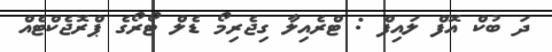
ދަ ބުކް އޮފް ލައިފް : ޓްރެއިލާ ގިޖެރިމޯ ޑެލް ޓޯރޯގެ ޕްރޮޖެކްޓެއް